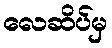
လေဆိပ်မှ